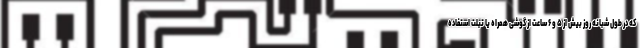
که در طول شبانه روز بیش از ۵ و ۶ ساعت از گوشی همراه یا تبلت استفاده